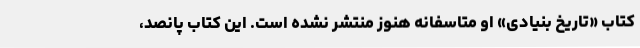
کتاب «تاریخ بنیادی» او متاسفانه هنوز منتشر نشده است. این کتاب پانصد،